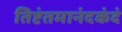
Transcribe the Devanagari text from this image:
तिष्टंतमानंदकंदं